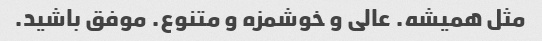
مثل همیشه. عالی و خوشمزه و متنوع. موفق باشید.